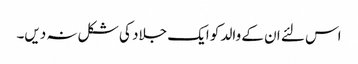
اس لئے ان کے والد کو ایک جلاد کی شکل نہ دیں۔